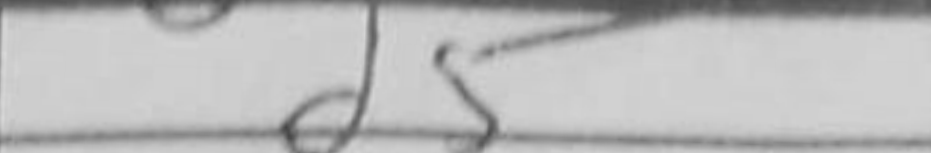
Transcription: d5